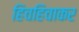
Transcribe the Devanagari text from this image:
हिचहिचाकर